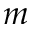
m